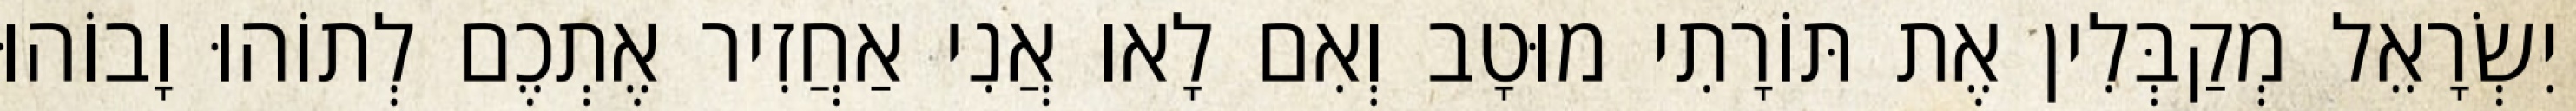
יִשְׂרָאֵל מְקַבְּלִין אֶת תּוֹרָתִי מוּטָב וְאִם לָאו אֲנִי אַחֲזִיר אֶתְכֶם לְתוֹהוּ וָבוֹהוּ